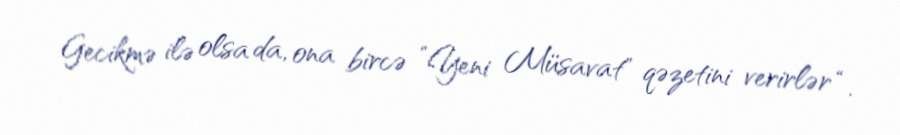
Gecikmə ilə olsa da, ona bircə ”Yeni Müsavat" qəzetini verirlər “.